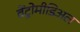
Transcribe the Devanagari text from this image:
वेंट्रोमीडिअल